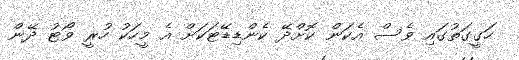
ހަގީގަތުގައި ވެސް އެކަން ކޮށްދޭ ކެންޑިޑޭޓަކަށް އެ މީހަކު ހުރީ ވޯޓު ދޭން